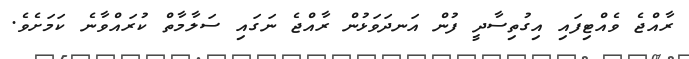
ރާއްޖެ ވެއްޓިފައި އިގުތިސާދީ ފުން އަނދަވަޅުން ރާއްޖެ ނަގައި ސަލާމާތް ކުރައްވާނެ ކަމަށެވެ.